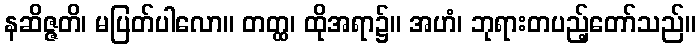
နဆိဇ္ဇတိ၊ မပြတ်ပါလော။ တတ္ထ၊ ထိုအရာ၌။ အဟံ၊ ဘုရားတပည့်တော်သည်။